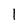
Character: I